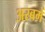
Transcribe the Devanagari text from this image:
अरबमें